Annual report of the Camel Specialist
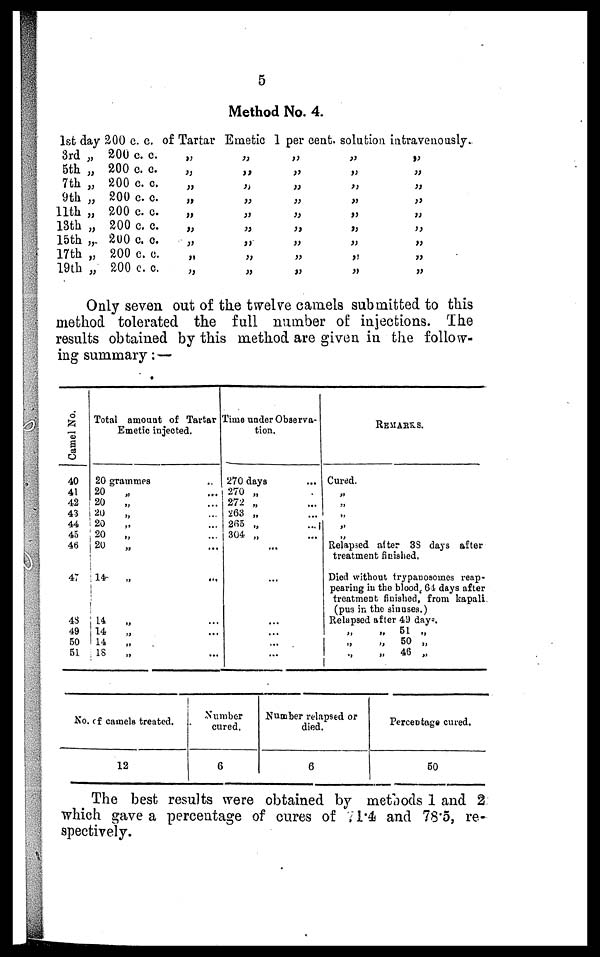
5
Method No. 4.
1st day 200 c. c. of Tartar Emetic 1 per cent. solution intravenously.
3rd „
5th „
7th „
9th „
11th „
13th „
15th „
17th „
19th „
200 c. c.
200 c. c.
200 c. c.
200 c. c.
200 c. c.
200 c. c.
200 c. c.
200 c. c.
200 c. c.
„
„
„
„
„
„
„
„
„
„
„
„
„
„
„
„
„
„
„
„
„
„
„
„
„
„
„
„
„
„
„
„
„
„
„
„
„
„
„
„
„
„
„
„
„
Only seven out of the twelve camels submitted to this
method tolerated the full number of injections. The
results obtained by this method are given in the follow-
ing summary:—
Camel No.
40
41
42
43
44
45
46
47
48
49
50
51
Total
20
20
20
20
20
20
20
14
14
14
14
18
amount of Tartar
Emetic injected.
grammes
„
„
„
„
„
„
„
„
„
„
„
...
...
...
...
...
...
...
...
...
...
...
Time under Observa-
tion.
270 days
270
272
263
265
304
„
„
„
„
„
...
...
...
...
...
...
...
...
...
...
...
...
...
...
...
...
...
REMARKS.
Cured.
„
„
„
„
„
Relapsed after 38 days after
treatment finished.
Died without trypanosomes reap¬
pearing in the blood 64 days after
treatment finished, from kapali.
(pus in the sinuses.)
Relapsed after 49 days.
„
„
„
„
„
„
51
50
46
„
„
„
No. of camels treated.
12
Number
cured.
6
Number relapsed or
died.
6
Percentage cured.
50
The best results were obtained by methods 1 and 2
which gave a percentage of cures of 71.4 and 78.5, re-
spectively.